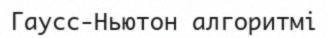
Гаусс-Ньютон алгоритмі